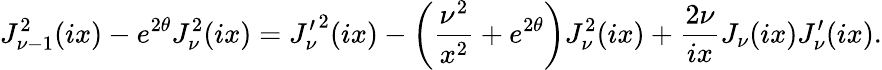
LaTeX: J_{\nu-1}^{2}(ix)-e^{2\theta}J_{\nu}^{2}(ix)={J_{\nu}^{\prime}}^{2}(ix)-\left({\frac{\nu^{2}}{x^{2}}}+e^{2\theta}\right)J_{\nu}^{2}(ix)+{\frac{2\nu}{ix}}J_{\nu}(ix)J_{\nu}^{\prime}(ix).